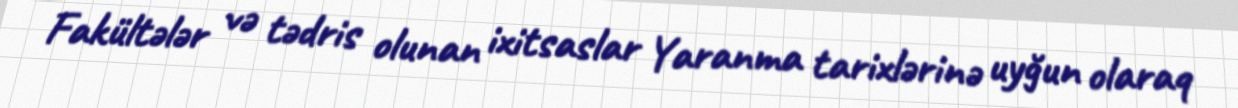
Fakültələr və tədris olunan ixitsaslar Yaranma tarixlərinə uyğun olaraq